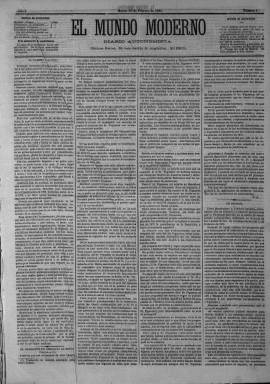
Título: El Mundo moderno
Colección: Periódicos
Ámbito geográfico: Madrid
Lugar de publicación: Madrid
Fechas: 22/02/1881-10/07/1881